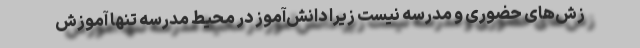
زش‌های حضوری و مدرسه نیست زیرا دانش‌آموز در محیط مدرسه تنها آموزش